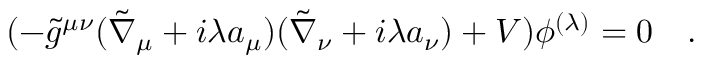
( - \tilde { g } ^ { \mu \nu } ( \tilde { \nabla } _ { \mu } + i \lambda a _ { \mu } ) ( \tilde { \nabla } _ { \nu } + i \lambda a _ { \nu } ) + V ) \phi ^ { ( \lambda ) } = 0 ~ ~ ~ .